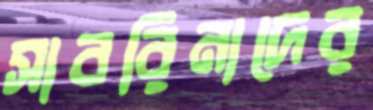
সাবরিনাদের